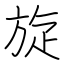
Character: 旋